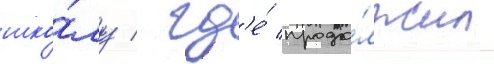
шко́лу / гд'е́ продо́лжил